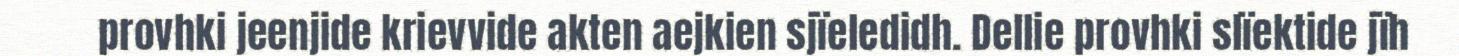
provhki jeenjide krievvide akten aejkien sjïeledidh. Dellie provhki slïektide jïh